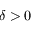
\delta > 0